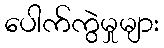
ပေါက်ကွဲမှုများ